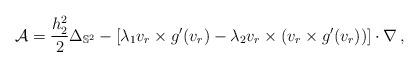
LaTeX: \begin{align*}\mathcal{A}=\frac{h_2^2}{2}\Delta_{\mathbb{S}^2}-\left[\lambda_1v_r\times g'(v_r)-\lambda_2v_r\times (v_r\times g'(v_r))\right]\cdot \nabla\, ,\end{align*}